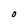
Character: O